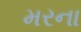
મરના